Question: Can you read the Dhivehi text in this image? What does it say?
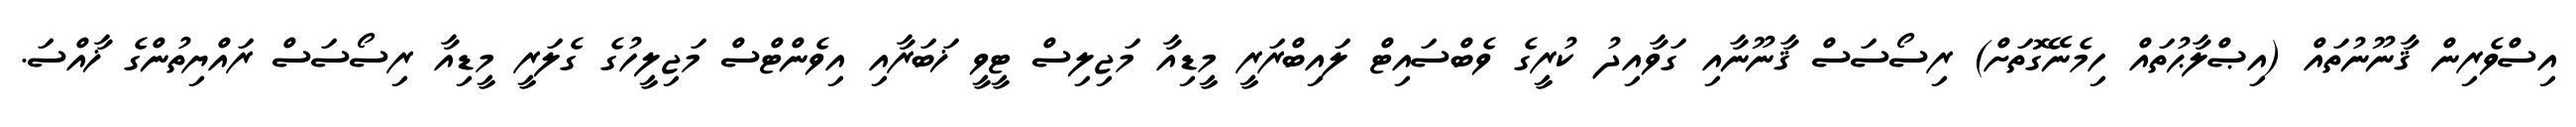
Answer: އިސްވެރިން ޤާނޫނުތައް (އިޞްލާޙުތައް ހިމެނޭގޮތަށް) ރިސޯސަސް ޤާނޫނާއި ގަވާއިދު ކުރީގެ ވެބްސައިޓް ލައިބްރަރީ މީޑިއާ މަޖިލިސް ޓީވީ ޚަބަރާއި އިވެންޓްސް މަޖިލީހުގެ ގެލަރީ މީޑިއާ ރިސޯސަސް ރައްޔިތުންގެ ޚާއްސަ.